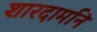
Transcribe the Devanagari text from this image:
शारदामनि